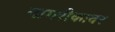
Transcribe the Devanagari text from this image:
नागरीकावर